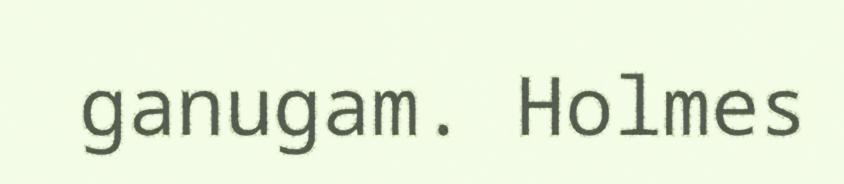
ganugam. Holmes